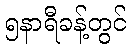
၅နာရီခန့်တွင်